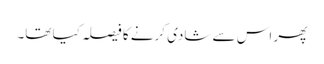
پھر اس سے شادی کرنے کا فیصلہ کیا تھا۔